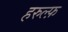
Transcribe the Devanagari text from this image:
हरुल्फ़